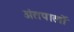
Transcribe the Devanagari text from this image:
अंतपालों